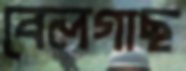
বেলগাছ